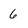
Character: 6